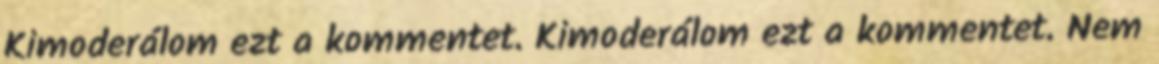
Kimoderálom ezt a kommentet. Kimoderálom ezt a kommentet. Nem